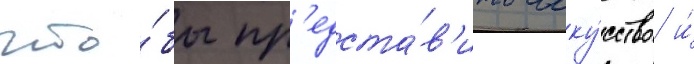
что́бы пр'едста́в'ить иску́сство и́